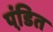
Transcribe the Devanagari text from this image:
पंडि़त